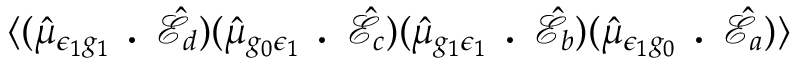
\langle ( \hat { \mu } _ { \epsilon _ { 1 } g _ { 1 } } \textbf { . } \hat { \mathcal { E } } _ { d } ) ( \hat { \mu } _ { g _ { 0 } \epsilon _ { 1 } } \textbf { . } \hat { \mathcal { E } } _ { c } ) ( \hat { \mu } _ { g _ { 1 } \epsilon _ { 1 } } \textbf { . } \hat { \mathcal { E } } _ { b } ) ( \hat { \mu } _ { \epsilon _ { 1 } g _ { 0 } } \textbf { . } \hat { \mathcal { E } } _ { a } ) \rangle